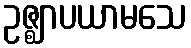
ဥဇ္ဈာပယာမသေ